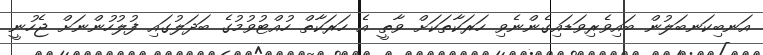
އަނބިކަނބަލުން ބައިވެރިވަޑައިގެންނެވި ހަރަކާތަކަށް ވާތީ އެ ހަރަކާތް ހުއްޓުވުމުގެ ބަދަލުގައި ފުލުހުންނަށް ޖެހުނީ